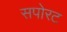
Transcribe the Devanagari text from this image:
सपोरट